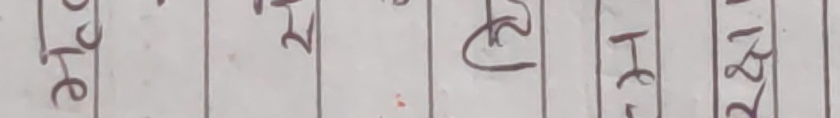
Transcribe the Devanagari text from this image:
३४६ २ ट हे १८२